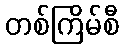
တစ်ကြိမ်စီ